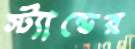
স্ট্যান্ডের